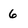
Character: 6